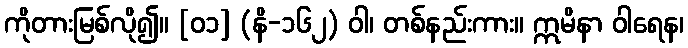
ကိုတားမြစ်လို၍။ [၀၁] (နိ-၁၆၂) ဝါ၊ တစ်နည်းကား။ ဣမိနာ ဝါရေန၊